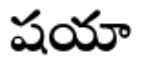
షయా